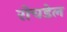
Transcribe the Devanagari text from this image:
रोचडेल